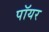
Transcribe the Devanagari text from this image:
पॉयर